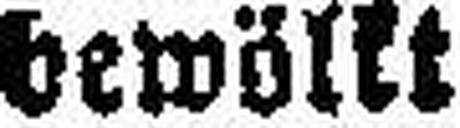
bewölkt